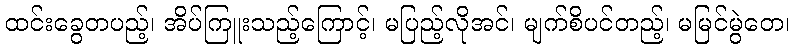
ထင်းခွေတပည့်၊ အိပ်ကြူးသည့်ကြောင့်၊ မပြည့်လိုအင်၊ မျက်စိပင်တည့်၊ မမြင်မွဲတေ၊